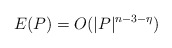
\begin{align*}E(P)=O(|P|^{n-3-\eta})\end{align*}